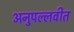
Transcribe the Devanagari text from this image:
अनुपल्लवीत